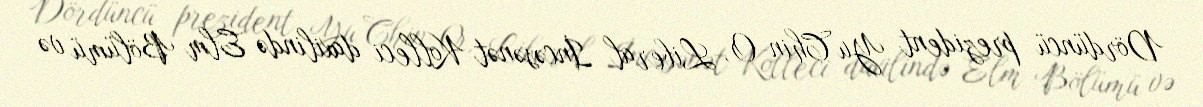
Dördüncü prezident Yu Chin-O, Liberal İncəsənət Kolleci daxilində Elm Bölümü və